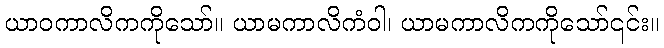
ယာဝကာလိကကိုသော်။ ယာမကာလိကံဝါ၊ ယာမကာလိကကိုသော်၎င်း။